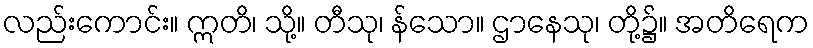
လည်းကောင်း။ ဣတိ၊ သို့။ တီသု၊ န်သော။ ဌာနေသု၊ တို့၌။ အတိရေက